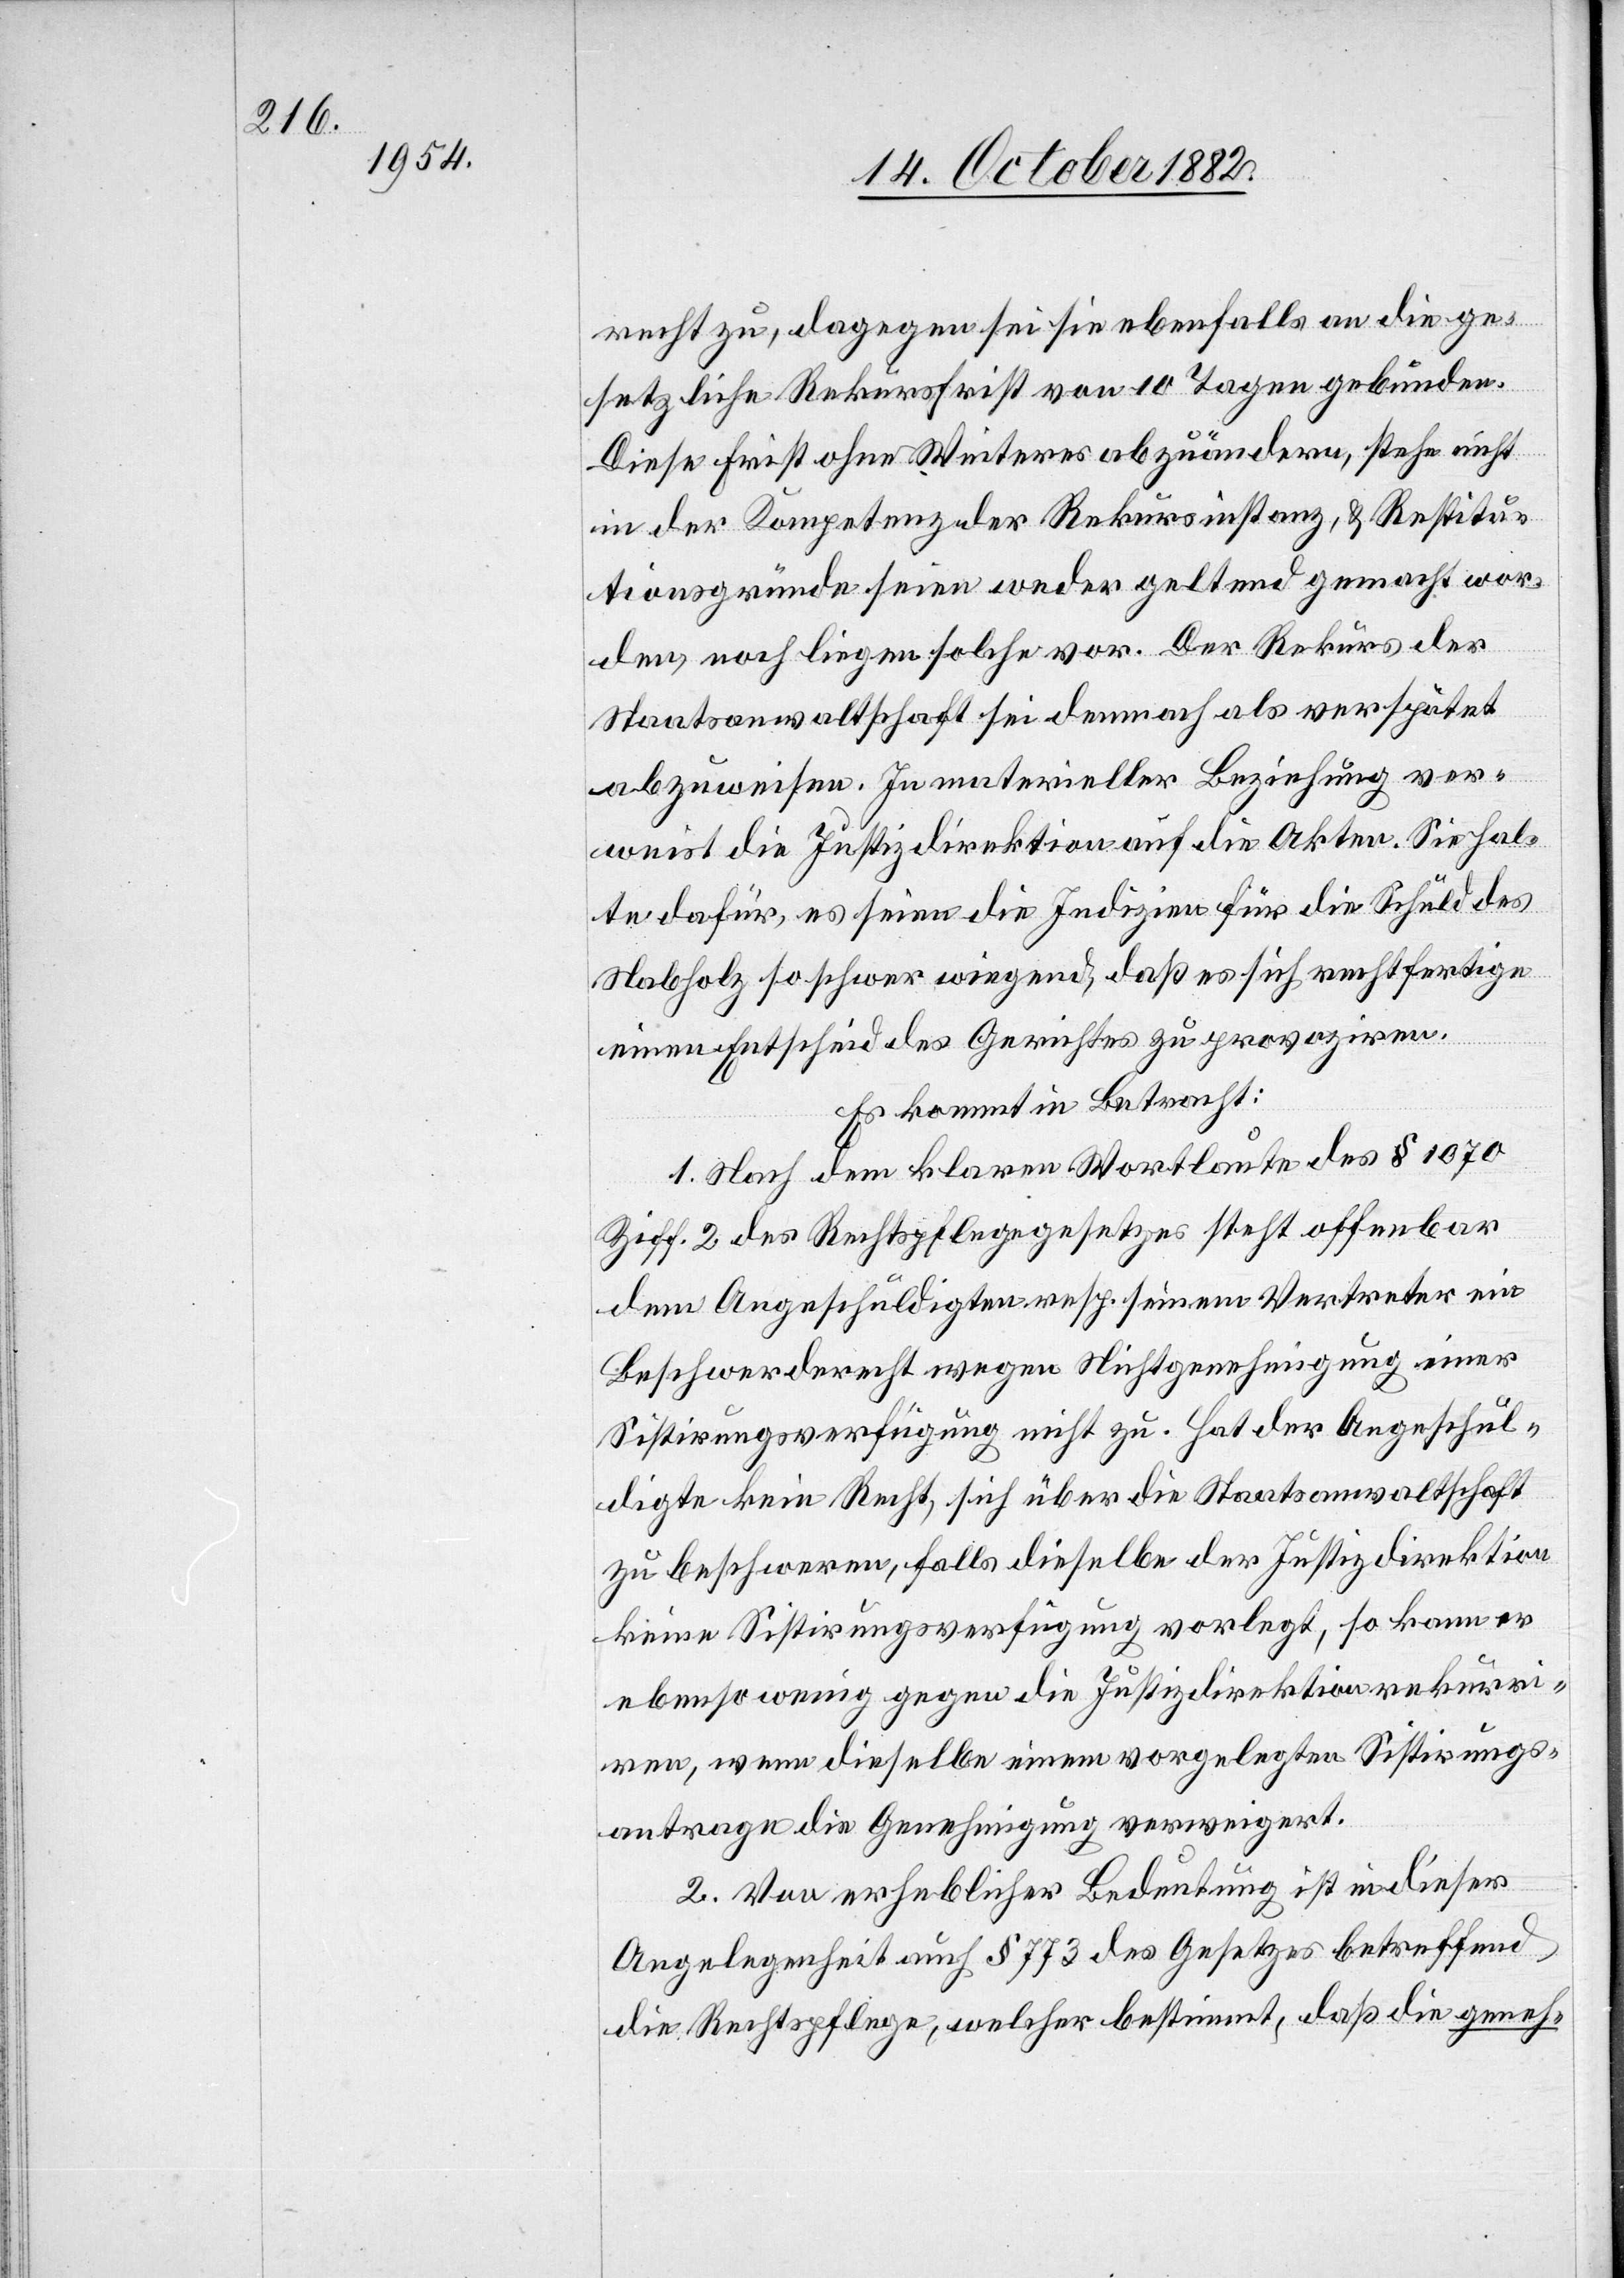
recht zu dagegen sei sie ebenfalls an die ge¬
setzliche Rekursfrist von 10 Tagen gebunden.
Diese Frist ohne Weiteres abzuändern, stehe nicht
in der Kompetenz der Rekursinstanz, & Restitu¬
tionsgründe seien weder geltend gemacht wor¬
den, noch liegen solche vor. Der Rekurs der
Staatsanwaltschaft sei demnach als verspätet
abzuweisen. In materieller Beziehung ver¬
weist die Justizdirektion auf die Akten. Sie hal¬
te dafür, es seien die Indizien für die Schuld des
Nabholz so schwer wiegend, daß es sich rechtfertige
einen Entscheid des Gerichtes zu provoziren.
Es kommt in Betracht:
1. Nach dem klaren Wortlaute des § 1070
Ziff. 2 des Rechtspflegegesetzes steht offenbar
dem Angeschuldigten resp. seinem Vertreter ein
Beschwerderecht wegen Nichtgenehmigung einer
Sistirungsverfügung nicht zu. Hat der Angeschul¬
digte kein Recht, sich über die Staatsanwaltschaft
zu beschweren, falls dieselbe der Justizdirektion
keine Sistirungsverfügung vorlegt, so kann er
ebenso wenig gegen die Justizdirektion rekurri¬
ren, wenn dieselbe einem vorgelegten Sistirungs¬
antrage die Genehmigung verweigert.
2. Von erheblicher Bedeutung ist in dieser
Angelegenheit auch § 773 des Gesetzes betreffend
die Rechtspflege, welcher bestimmt, daß die geneh-